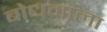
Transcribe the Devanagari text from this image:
बोधमाला